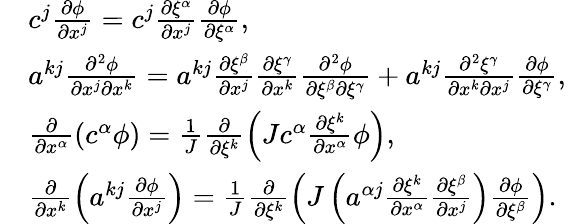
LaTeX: \begin{array}{rl}&{c^{j}\frac{\partial\phi}{\partial x^{j}}=c^{j}\frac{\partial\xi^{\alpha}}{\partial x^{j}}\frac{\partial\phi}{\partial\xi^{\alpha}},}\\ &{a^{kj}\frac{\partial^{2}\phi}{\partial x^{j}\partial x^{k}}=a^{kj}\frac{\partial\xi^{\beta}}{\partial x^{j}}\frac{\partial\xi^{\gamma}}{\partial x^{k}}\frac{\partial^{2}\phi}{\partial\xi^{\beta}\partial\xi^{\gamma}}+a^{kj}\frac{\partial^{2}\xi^{\gamma}}{\partial x^{k}\partial x^{j}}\frac{\partial\phi}{\partial\xi^{\gamma}},}\\ &{\frac{\partial}{\partial x^{\alpha}}\left(c^{\alpha}\phi\right)=\frac{1}{J}\frac{\partial}{\partial\xi^{k}}\left(Jc^{\alpha}\frac{\partial\xi^{k}}{\partial x^{\alpha}}\phi\right),}\\ &{\frac{\partial}{\partial x^{k}}\left(a^{kj}\frac{\partial\phi}{\partial x^{j}}\right)=\frac{1}{J}\frac{\partial}{\partial\xi^{k}}\left(J\left(a^{\alpha j}\frac{\partial\xi^{k}}{\partial x^{\alpha}}\frac{\partial\xi^{\beta}}{\partial x^{j}}\right)\frac{\partial\phi}{\partial\xi^{\beta}}\right).}\end{array}